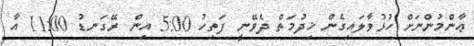
ޢާންމުންނަށް ހުޅުވާލައިގެން ޚިދުމަތް ދެވޭނީ ފަތިހު 5:00 އިން ރޭގަނޑު 11:00 އާ